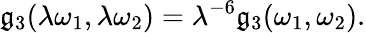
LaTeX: \mathfrak{g}_{3}(\lambda\omega_{1},\lambda\omega_{2})=\lambda^{-6}\mathfrak{g}_{3}(\omega_{1},\omega_{2}).